Indian journal of veterinary science and animal husbandry - Volume 12,
Year: 1942
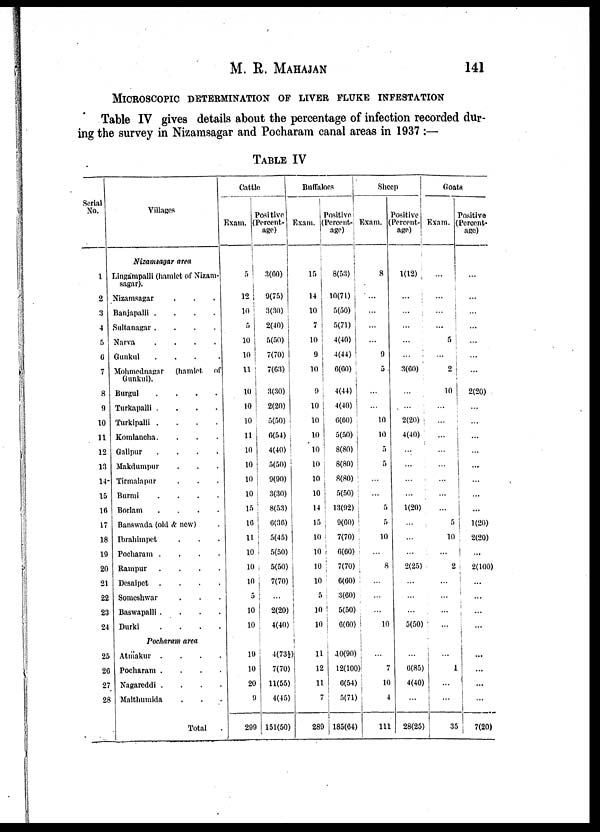
M. R. MAHAJAN 141
MICROSCOPIC DETERMINATION OF LIVER FLUKE INFESTATION
Table IV gives details about the percentage of infection recorded dur-
ing the survey in Nizamsagar and Pocharam canal areas in 1937 :—
TABLE IV
Serial
No.
1
2
3
4
5
6
7
8
9
10
11
12
13
14
15
16
17
18
19
20
21
22
23
24
25
26
27
28
Villages
Nizamsagar area
Lingampalli (hamlet or Nizam-
sagar).
Nizamsagar . . .
Banjapalli .
.
.
.
Sultanagar .
.
.
.
Narva
.
.
.
.
Gunkul
.
.
.
.
Mohmednagar
(hamlet of
Gunkul).
Burgul
.
.
.
.
Turkapalli . . .
.
Turkipalli .
.
.
.
Komlancha. . . .
Galipur
.
.
.
.
Makdumpur . . .
Tirmalapur . . .
Burmi
.
.
.
.
Borlam
.
.
.
.
Banswada (old & new) .
Ibrahimpet . . .
Pocharam .
.
.
.
Rampur
.
.
.
.
Desaipet .
.
.
.
Someshwar . . . .
Baswapalli .
.
.
.
Durki
.
.
.
.
Pocharam area
Atmakur .
.
.
.
Pocharam .
.
.
.
Nagareddi .
.
.
.
Malthumida . . .
Total .
Cattle
Exam.
5
12
10
5
10
10
11
10
10
10
11
10
10
10
10
15
16
11
10
10
10
5
10
10
19
10
20
9
299
Positive
(Percent-
age)
3(60)
9(75)
3(30)
2(40)
5(50)
7(70)
7(63)
3(30)
2(20)
5(50)
6(54)
4(40)
5(50)
9(90)
3(30)
8(53)
6(36)
5(45)
5(50)
5(50)
7(70)
...
2(20)
4(40)
4(73½)
7(70)
11(55)
4(45)
151(50)
Buffaloes
Exam.
15
14
10
7
10
9
10
9
10
10
10
10
10
10
10
14
15
10
10
10
10
5
10
10
11
12
11
7
289
Positive
(Percent¬
age)
8(53)
10(71)
5(50)
5(71)
4(40)
4(44)
6(60)
4(44)
4(40)
6(60)
5(50)
8(80)
8(80)
8(80)
5(50)
13(92)
9(60)
7(70)
6(60)
7(70)
6(60)
3(60)
5(50)
6(60)
10(90)
12(100
6(54)
5(71)
185(64)
Sheep
Exam.
8
...
...
...
...
9
5
...
...
10
10
5
5
...
...
5
5
10
...
8
...
...
...
1.0
...
7
10
4
111
Positive
(Percent-
age)
1(12)
...
...
...
...
...
3(60)
...
...
2(20)
4(40)
...
...
...
...
1(20)
...
...
...
2(25)
...
...
...
5(50)
...
6(85)
4(40)
...
28(25)
Goats
Exam.
...
...
...
...
5
...
2
10
...
...
...
...
...
...
...
...
5
10
...
2
...
...
...
...
...
1
...
...
35
Positive
(Percent-
age)
...
...
...
...
...
...
...
...
2(20)
...
...
...
...
...
...
...
...
1(20)
2(20)
...
2(100)
...
...
...
...
...
...
...
...
7(20)